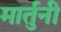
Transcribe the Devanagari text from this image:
मार्तुनी